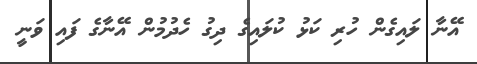
އޭނާ ލައިގެން ހުރި ކަޅު ކުލައިގެ ދިގު ހެދުމުން އޭނާގެ ފައި ވަނީ